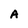
Character: A